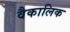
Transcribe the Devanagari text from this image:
वैकालिक